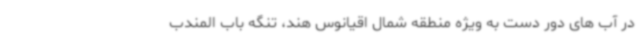
در آب های دور دست به ویژه منطقه شمال اقیانوس هند، تنگه باب المندب